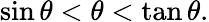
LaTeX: \sin\theta<\theta<\tan\theta.